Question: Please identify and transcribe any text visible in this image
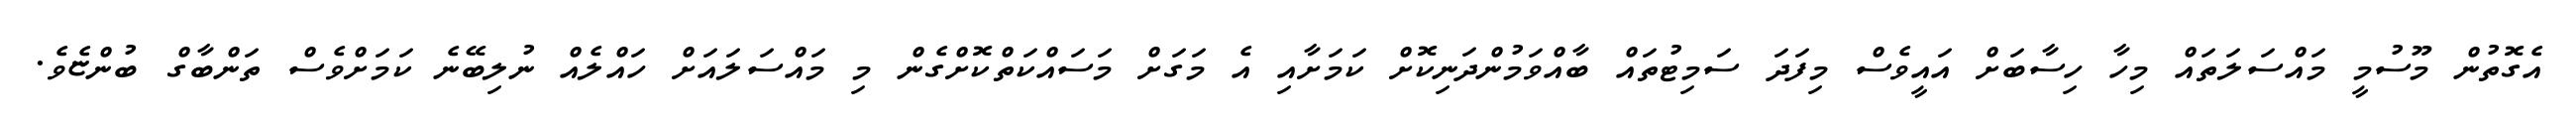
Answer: އެގޮތުން މޫސުމީ މައްސަލަތައް މިހާ ހިސާބަށް އައީވެސް މިފަދަ ސަމިޓުތައް ބާއްވަމުންދަނިކޮށް ކަމަށާއި އެ މަގަށް މަސައްކަތްކޮށްގެން މި މައްސަލައަށް ހައްލެއް ނުލިބޭނެ ކަމަށްވެސް ތަންބާގް ބުންޏެވެ.